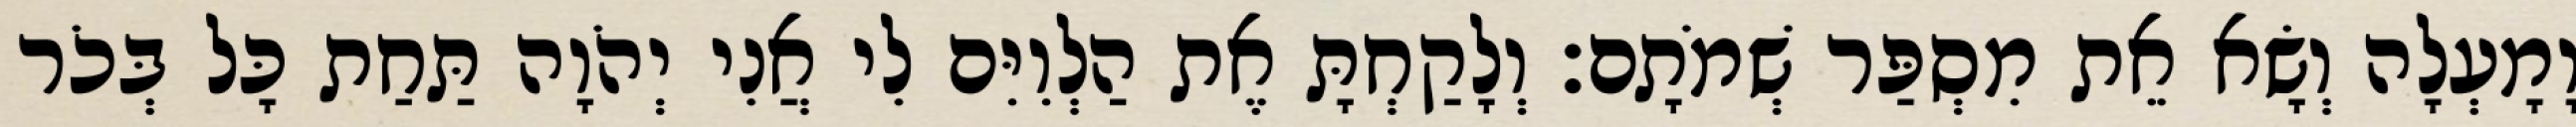
וָמָעְלָה וְשָׂא אֵת מִסְפַּר שְׁמֹתָם׃ וְלָקַחְתָּ אֶת הַלְוִיִּם לִי אֲנִי יְהֹוָה תַּחַת כָּל בְּכֹר